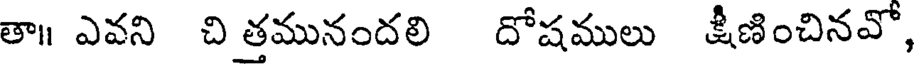
తా॥ ఎవని చి తమునందలి దోషములు క్షీణించినవో,